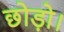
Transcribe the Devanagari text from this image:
छोड़ो।